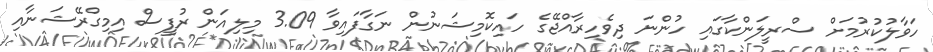
ހަވާލުކުރުމަށް ސްރީލަންކާގައި ހުންނަ ދިވެހިރާއްޖޭގެ ހައިކޮމިޝަނުން ނަގާފައިވާ 3.09 މިލިއަން ރުފީސް އިމިގްރޭޝަނާއި